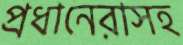
প্রধানেরাসহ